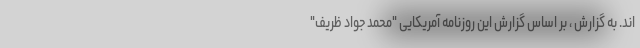
اند. به گزارش ، بر اساس گزارش این روزنامه آمریکایی "محمد جواد ظریف"